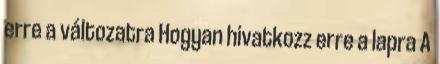
erre a változatra Hogyan hivatkozz erre a lapra A